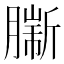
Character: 𦠟